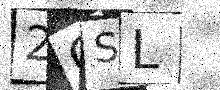
Text: 2OSL